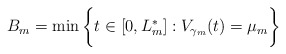
\begin{align*}B_m = \min \bigg\{ t \in [0,L_m^*] : V_{\gamma_m}(t)=\mu_m \bigg\}\end{align*}